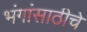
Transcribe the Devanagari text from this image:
भंगांसाठीचे